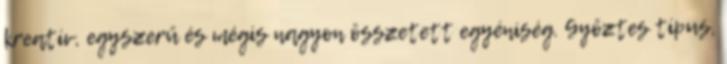
kreatív, egyszerű és mégis nagyon összetett egyéniség. Győztes típus,